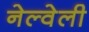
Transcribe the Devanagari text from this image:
नेल्वेली